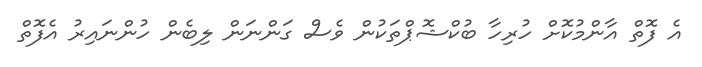
އެ ފޮތް އާންމުކޮށް ހުރިހާ ބުކްޝޮޕްތަކުން ވެސް ގަންނަން ލިބެން ހުންނައިރު އެފޮތް